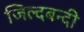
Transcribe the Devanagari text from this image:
जिल्दबन्दी